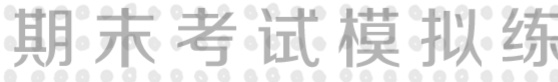
期末考试模拟练